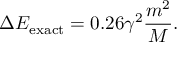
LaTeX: \Delta E _ { \mathrm { e x a c t } } = 0 . 2 6 \gamma ^ { 2 } \frac { m ^ { 2 } } { M } .